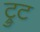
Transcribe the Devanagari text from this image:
ट्रुट